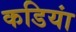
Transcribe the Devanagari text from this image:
कडियां